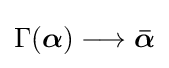
\Gamma ({\boldsymbol {\alpha }})\longrightarrow {\boldsymbol {\bar {\alpha }}}